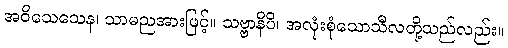
အဝိသေသေန၊ သာမညအားဖြင့်။ သဗ္ဗာနိပိ၊ အလုံးစုံသောသီလတို့သည်လည်း။